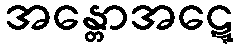
အန္တောအဋ္ဋေ